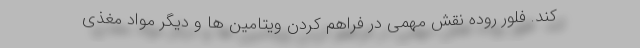
کند. فلور روده نقش مهمی در فراهم کردن ویتامین ها و دیگر مواد مغذی